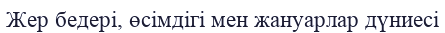
Жер бедері, өсімдігі мен жануарлар дүниесі